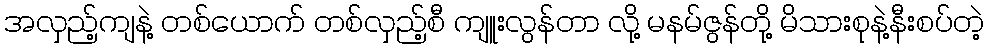
အလှည့်ကျနဲ့ တစ်ယောက် တစ်လှည့်စီ ကျူးလွန်တာ လို့ မနမ်ဇွန်တို့ မိသားစုနဲ့နီးစပ်တဲ့